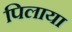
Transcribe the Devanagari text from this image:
पिलाया